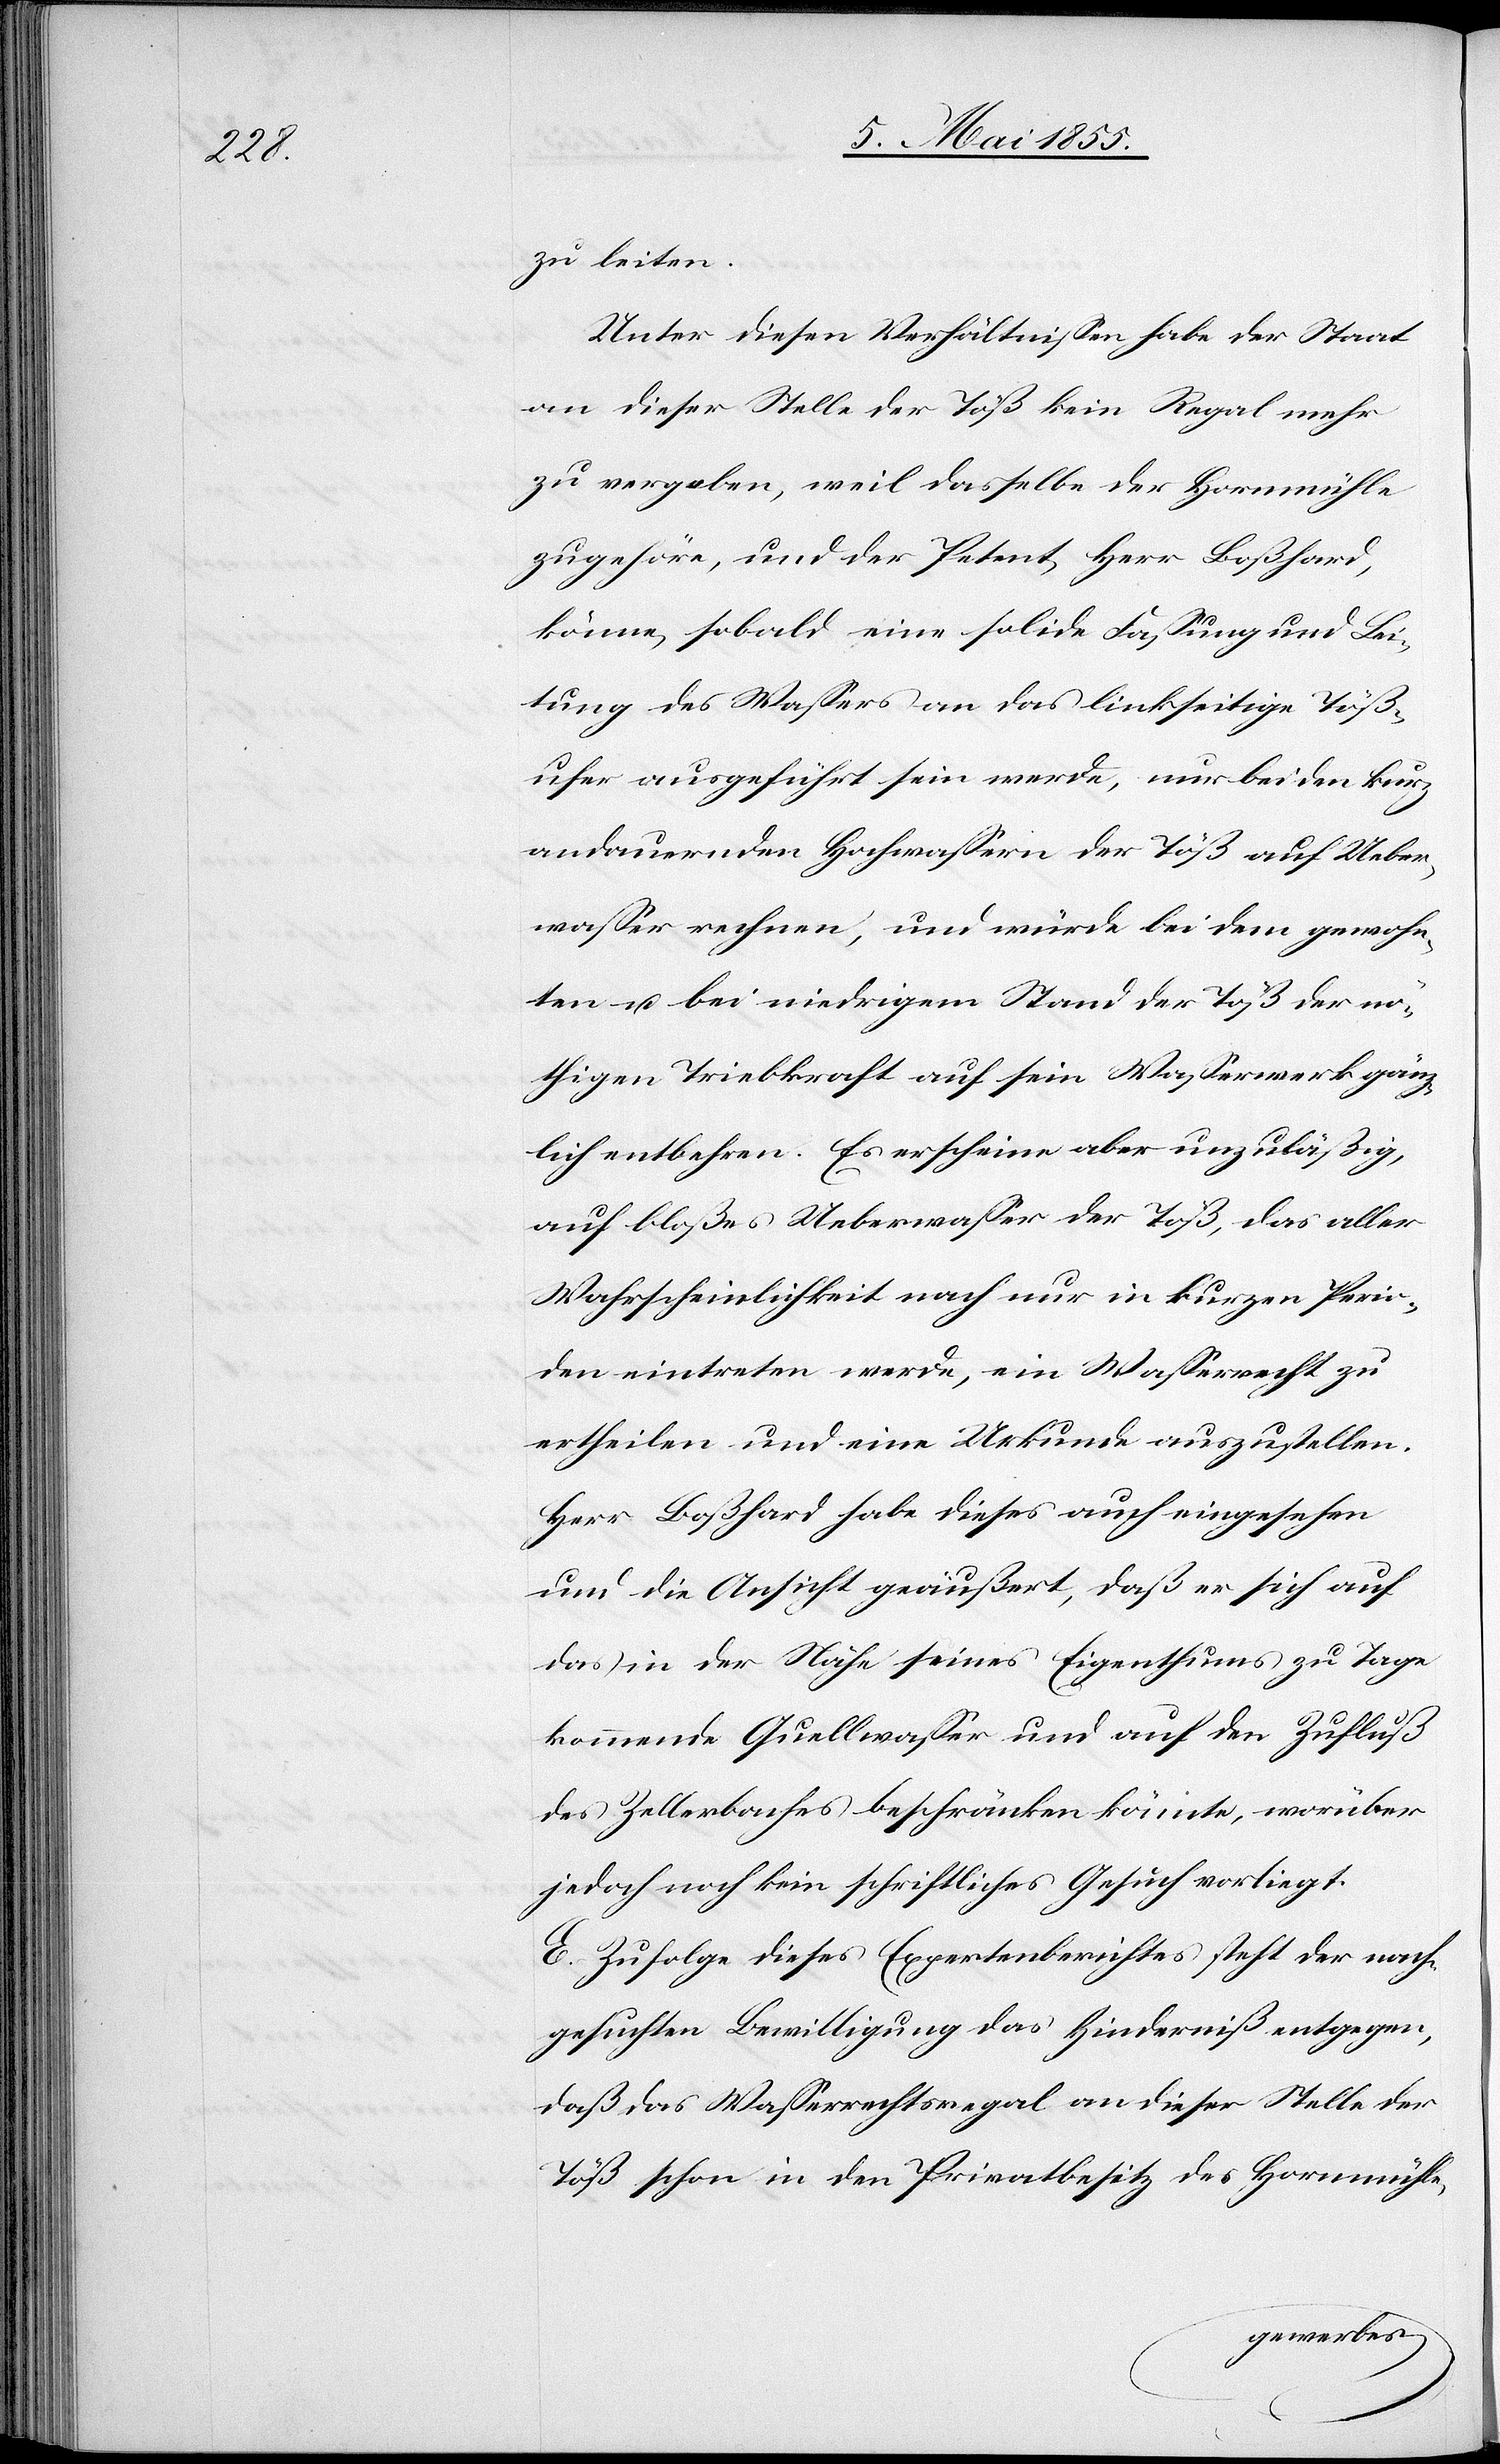
zu leiten.
Unter diesen Verhältnissen habe der Staat
an dieser Stelle der Töß kein Regal mehr
zu vergeben, weil dasselbe der Hornmühle
zugehöre, und der Petent, Herr Boßhard,
könne, sobald eine solide Fassung und Lei¬
tung des Wassers an das linkseitige Töß¬
ufer ausgeführt sein werde, nur bei den kurz
andauernden Hochwassern der Töß auf Ueber¬
wasser rechnen, und würde bei dem gewohn¬
ten u. bei niedrigem Stand der Töß der nö¬
thigen Triebkraft auf sein Wasserwerk gänz¬
lich entbehren. Es erscheine aber unzuläßig,
auf bloßes Ueberwasser der Töß, das aller
Wahrscheinlichkeit nach nur in kurzen Perio¬
den eintreten werde, ein Wasserrecht zu
ertheilen und eine Urkunde auszustellen.
Herr Boßhard habe dieses auch eingesehen
und die Ansicht geäußert, daß er sich auf
das in der Nähe seines Eigenthums zu Tage
kommende Quellwasser und auf den Zufluß
des Zellerbaches beschränken könnte, worüber
jedoch noch kein schriftliches Gesuch vorliegt.
E. Zufolge dieses Expertenberichtes steht der nach¬
gesuchten Bewilligung das Hinderniß entgegen,
daß das Wasserrechtsregal an dieser Stelle der
Töß schon in den Privatbesitz des Hornmühle-